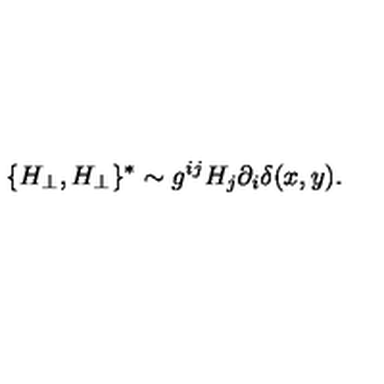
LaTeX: \{ H _ { \perp } , H _ { \perp } \} ^ { * } \sim g ^ { i j } H _ { j } \partial _ { i } \delta ( x , y ) .